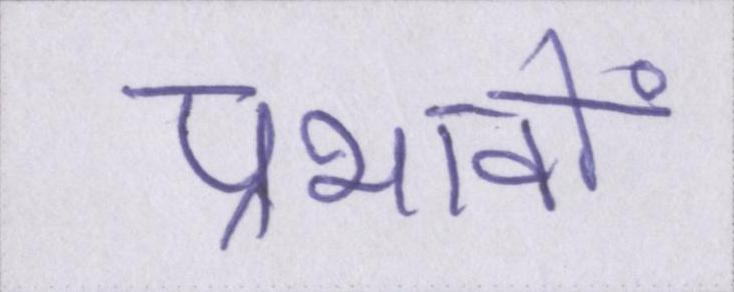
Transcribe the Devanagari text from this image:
प्रभावों